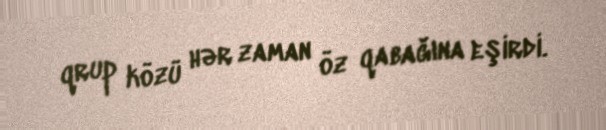
qrup közü hər zaman öz qabağına eşirdi.